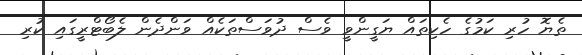
ތެޔޮ ހުރި ކަމުގެ ހެކިތައް ޔަގީންވީ ވެސް ދުވަސްތަކެއް ވަންދެން ލެބޯޓްރީގައި ކުރި